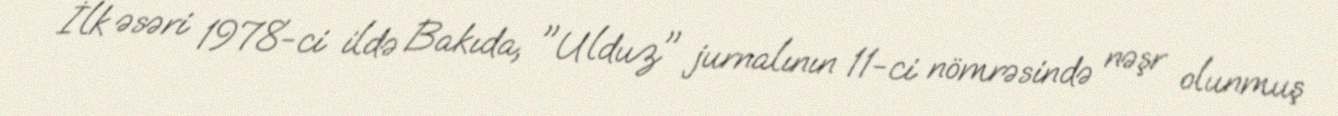
İlk əsəri 1978-ci ildə Bakıda, "Ulduz" jurnalının 11-ci nömrəsində nəşr olunmuş